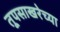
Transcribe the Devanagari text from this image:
तूपसाखरेच्या